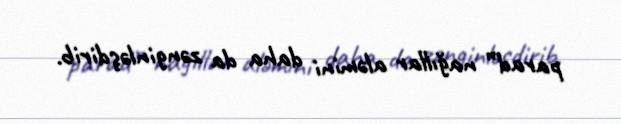
parad” nağıllar aləmini daha da zənginləşdirib.